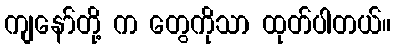
ကျနော်တို့ က တွေကိုသာ ထုတ်ပါတယ်။